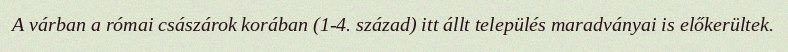
A várban a római császárok korában (1-4. század) itt állt település maradványai is előkerültek.